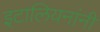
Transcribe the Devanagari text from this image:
इटालियनांनी